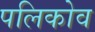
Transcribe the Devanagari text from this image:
पलिकोव